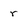
Character: r